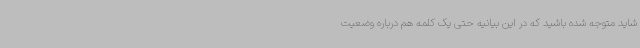
شاید متوجه شده باشید که در این بیانیه حتی یک کلمه هم درباره وضعیت